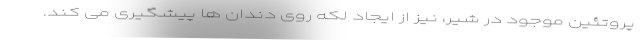
پروتئین موجود در شیر، نیز از ایجاد لکه روی دندان ها پیشگیری می کند.